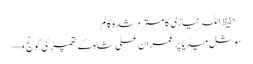
– حفیظ اللہ نیازی کا مسترد شدہ کالم
سوشل میڈیا پر عمران علی شاہ کے تھپڑ کی گونج →